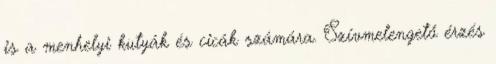
is a menhelyi kutyák és cicák számára. Szívmelengető érzés